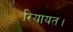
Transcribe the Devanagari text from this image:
रियायत।